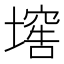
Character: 𡑛